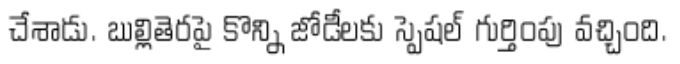
చేశాడు. బుల్లితెరపై కొన్ని జోడీలకు స్పెషల్ గుర్తింపు వచ్చింది.